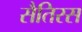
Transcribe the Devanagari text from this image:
सैतिरस